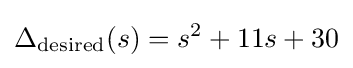
\Delta _{\text{desired}}(s)=s^{2}+11s+30